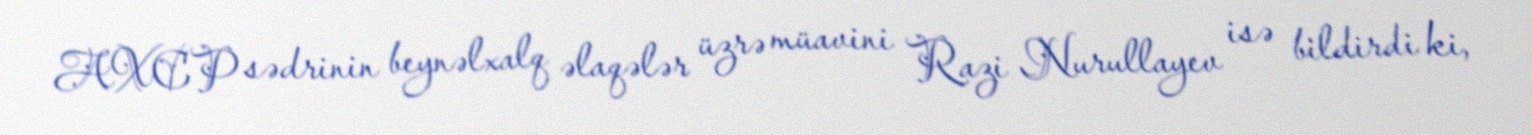
AXCP sədrinin beynəlxalq əlaqələr üzrə müavini Razi Nurullayev isə bildirdi ki,